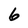
Character: 6